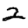
Digit: 2